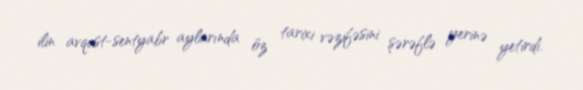
ilin avqust-sentyabr aylarında öz tarixi vəzifəsini şərəflə yerinə yetirdi.